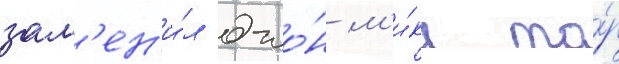
зам'ен'и́л джо́н м'и́кл то́р